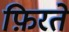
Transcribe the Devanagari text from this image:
फ़िरते